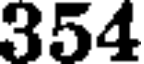
354